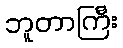
ဘူတာကြီး